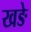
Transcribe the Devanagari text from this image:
खङे